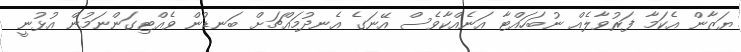
ޔަޒާން އެކަމާ ފަރުވާލެއް ނުބަހައްޓާ އަނެއްކާވެސް އޭނަގެ އެނދުމައްޗަށް ބަނޑުން ވެއްޓިގަންނަމުން އުޅުނީ